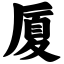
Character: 厦